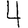
Digit: 4